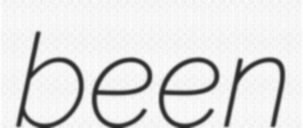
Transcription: been